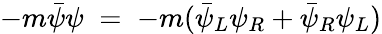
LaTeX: -m{\bar{\psi}}\psi\; =\; -m({\bar{\psi}}_{L}\psi_{R}+{\bar{\psi}}_{R}\psi_{L})